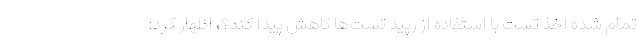
تمام شده اخذ تست با استفاده از رپید تست‌ها کاهش پیدا کند؟، اظهار کرد: